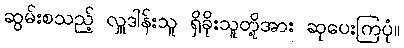
ဆွမ်းစသည့် လှူဒါန်းသူ ရှိခိုးသူတို့အား ဆုပေးကြပုံ။